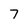
Character: 7